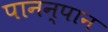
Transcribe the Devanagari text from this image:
पानन्‌पान